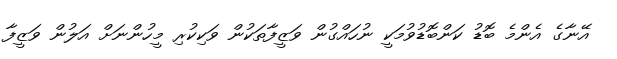
އޭނާގެ އެންމެ ބޮޑު ކަންބޮޑުވުމަކީ ނުހައްގުން ވަޒީފާތަކުން ވަކިކުރި މީހުންނަށް އަލުން ވަޒީފާ